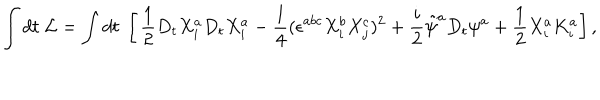
\int d t \; { \cal L } = \int d t \; \left[ \, \frac { 1 } { 2 } D _ { t } X _ { i } ^ { a } D _ { t } X _ { i } ^ { a } - \frac { 1 } { 4 } ( \epsilon ^ { a b c } X _ { i } ^ { b } X _ { j } ^ { c } ) ^ { 2 } + \frac { i } { 2 } \tilde { \psi } ^ { a } D _ { t } \psi ^ { a } + \frac { 1 } { 2 } X _ { i } ^ { a } K _ { i } ^ { a } \right] ,